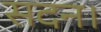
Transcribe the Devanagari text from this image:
सदन।